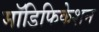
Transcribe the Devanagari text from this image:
मॉडिफिकेशन